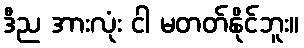
ဒီည အားလုံး ငါ မတတ်နိုင်ဘူး။